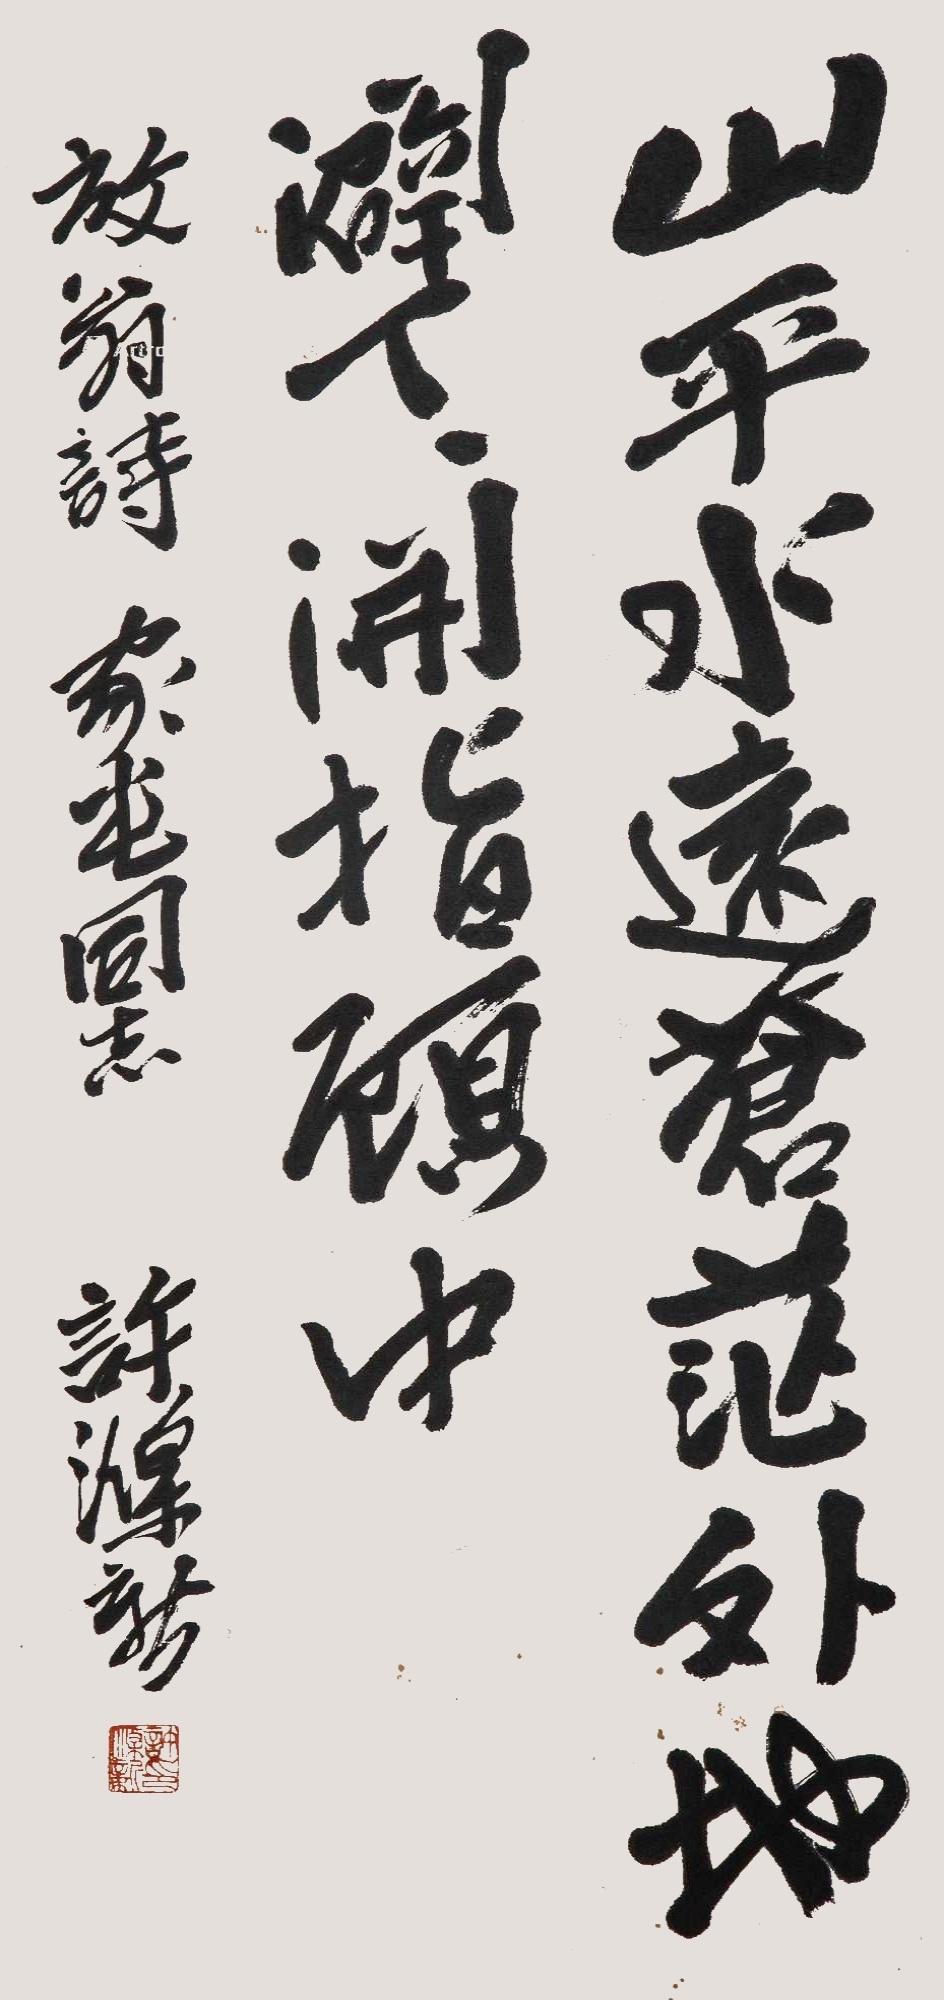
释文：山平水远苍茫外，地辟天开指顾中。放翁诗，家堂同志，许涤新。